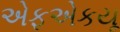
એફએકયૂ